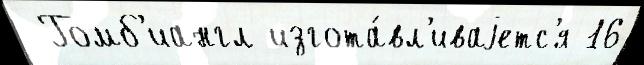
 Гомб'иангл изгота́вл'иваjетс'я 16